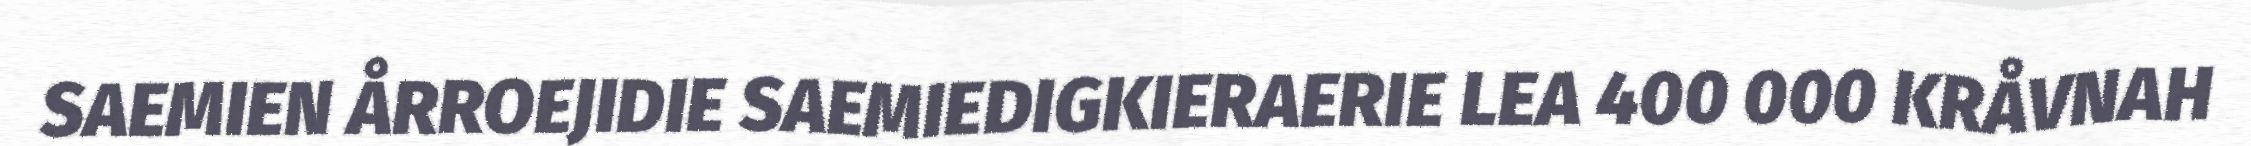
SAEMIEN ÅRROEJIDIE SAEMIEDIGKIERAERIE LEA 400 000 KRÅVNAH